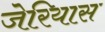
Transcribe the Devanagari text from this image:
जेरियास